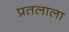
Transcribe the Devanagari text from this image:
प्रतलाला